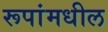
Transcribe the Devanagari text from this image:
रूपांमधील